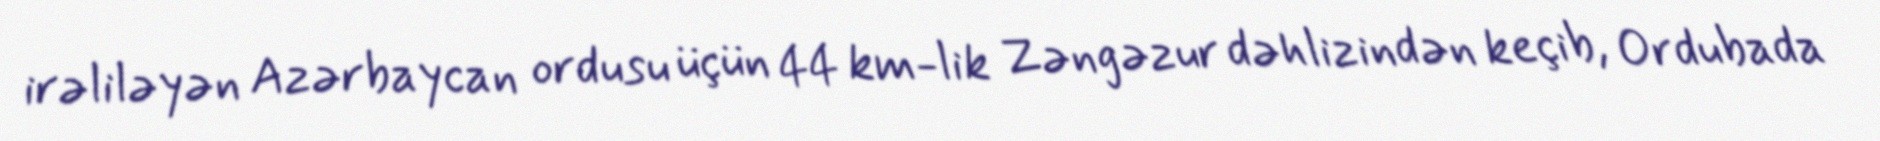
irəliləyən Azərbaycan ordusu üçün 44 km-lik Zəngəzur dəhlizindən keçib, Ordubada